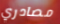
مصادري